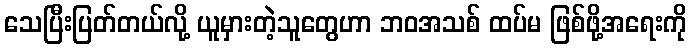
သေပြီးပြတ်တယ်လို့ ယူမှားတဲ့သူတွေဟာ ဘဝအသစ် ထပ်မ ဖြစ်ဖို့အရေးကို